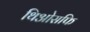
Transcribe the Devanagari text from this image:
थिओसफि